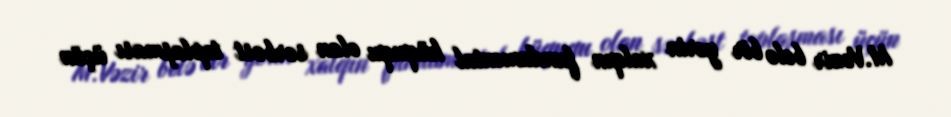
M.Vəzir belə bir yerin xalqın fundamental hüququ olan sərbəst toplaşması üçün